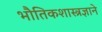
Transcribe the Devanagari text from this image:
भौतिकशास्त्रज्ञाने